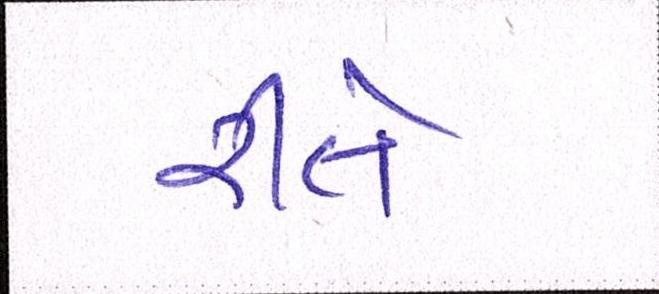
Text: રીતે